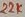
Text: 22K